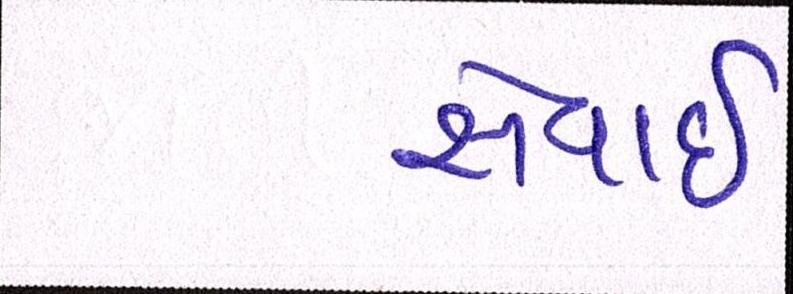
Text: સેવાઇ